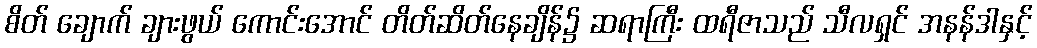
စိတ် ချောက် ချားဖွယ် ကောင်းအောင် တိတ်ဆိတ်နေချိန်၌ ဆရာကြီး ထရီဇာသည် သီလရှင် အနန်ဒါနှင့်